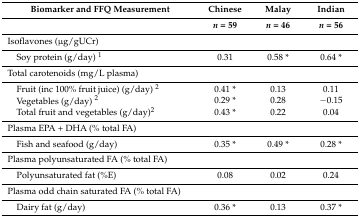
| Biomarker and FFQ Measurement | Chinese | Malay | Indian |
 |  | n = 59 | n = 46 | n = 56 |
 | --- | --- | --- | --- |
 | Isoflavones (μg/gUCr) |  |  |  |
 | Soy protein (g/day) 1 | 0.31 | 0.58 * | 0.64 * |
 | Total carotenoids (mg/L plasma) |  |  |  |
 | Fruit (inc 100% fruit juice) (g/day) 2 | 0.41 * | 0.13 | 0.11 |
 | Vegetables (g/day) 2 | 0.29 * | 0.28 | −0.15 |
 | Total fruit and vegetables (g/day)2 | 0.43 * | 0.22 | 0.04 |
 | Plasma EPA + DHA (% total FA) |  |  |  |
 | Fish and seafood (g/day) | 0.35 * | 0.49 * | 0.28 * |
 | Plasma polyunsaturated FA (% total FA) |  |  |  |
 | Polyunsaturated fat (%E) | 0.08 | 0.02 | 0.24 |
 | Plasma odd chain saturated FA (% total FA) |  |  |  |
 | Dairy fat (g/day) | 0.36 * | 0.13 | 0.37 * |